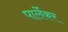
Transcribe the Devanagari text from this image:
पार्लेकर